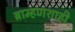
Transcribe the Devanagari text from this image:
ब्राम्हणशाही